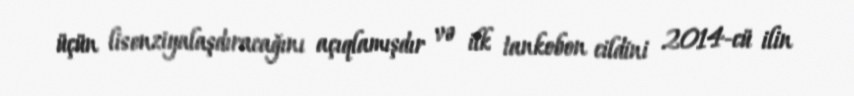
üçün lisenziyalaşdıracağını açıqlamışdır və ilk tankobon cildini 2014-cü ilin